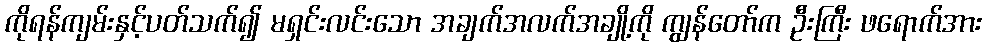
ကိုရန်ကျမ်းနှင့်ပတ်သက်၍ မရှင်းလင်းသော အချက်အလက်အချို့ကို ကျွန်တော်က ဦးကြီး ဖရောက်အား